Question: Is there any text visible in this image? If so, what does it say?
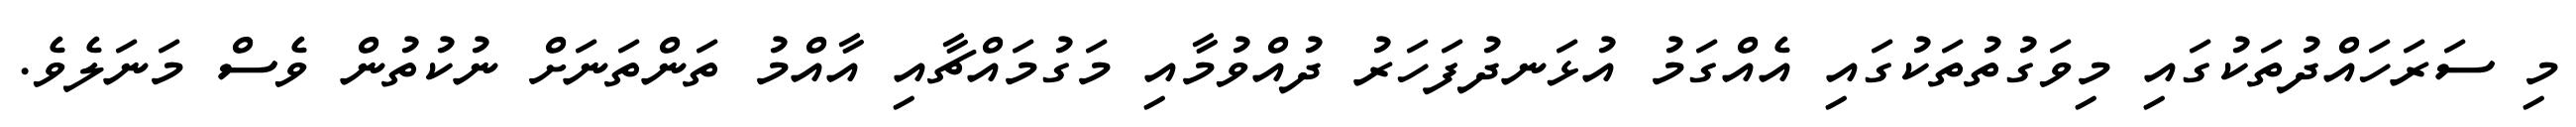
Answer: މި ސަރަހައްދުތަކުގައި މިވަގުތުތަކުގައި އެއްގަމު އުޅަނދުފަހަރު ދުއްވުމާއި މަގުމައްޗާއި އާއްމު ތަންތަނަށް ނުކުތުން ވެސް މަނަލެވެ.